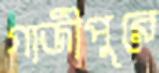
গাজীপুরে